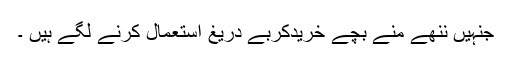
جنہیں ننھے منے بچے خریدکربے دریغ استعمال کرنے لگے ہیں ۔